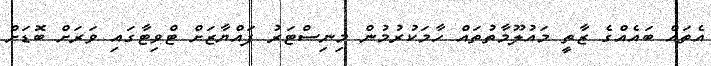
އެތައް ބައެއްގެ ޒާތީ މައުލޫމާތުތައް ހާމަކުރުމުން މިނިސްޓަރު ފައްޔާޒަށް ޓްވިޓާގައި ވަރަށް ބޮޑަށް